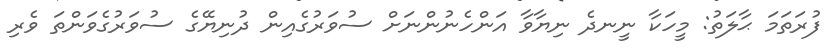
ފުރަތަމަ ޙާލަތު: މީހަކާ ނީނދެ ނިޔާވާ އަންހެނުންނަށް ސުވަރުގެއިން ދުނިޔޭގެ ސުވަރުގެވަންތަ ވެރި